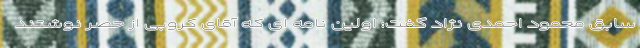
سابق محمود احمدی نژاد گفت: اولین نامه ای که آقای کروبی از حصر نوشتند